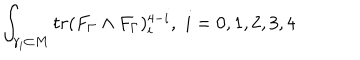
\int _ { \gamma _ { i } \subset M } t r ( F _ { \Gamma } \wedge F _ { \Gamma } ) _ { i } ^ { 4 - i } , \, \, i = 0 , 1 , 2 , 3 , 4